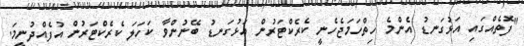
"ފޮތެއްގައި އަޅުގަނޑު އެންމެ ހިތްހަމަޖެހެނީ ކެރެކްޓަރުން އަޅުގަނޑު ބޭނުންވާ ކަހަލަ ކެރެކްޓަރުން އުފެއްދުނީމަ.